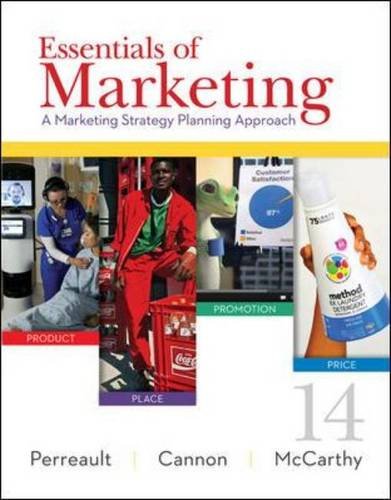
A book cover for Essentials of Marketing: A Marketing Strategy Planning Approach; Jr., William Perreault; Business & Money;